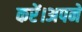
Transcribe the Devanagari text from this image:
करें।अपने